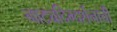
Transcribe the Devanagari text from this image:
नाट्यदिग्दर्शनाची